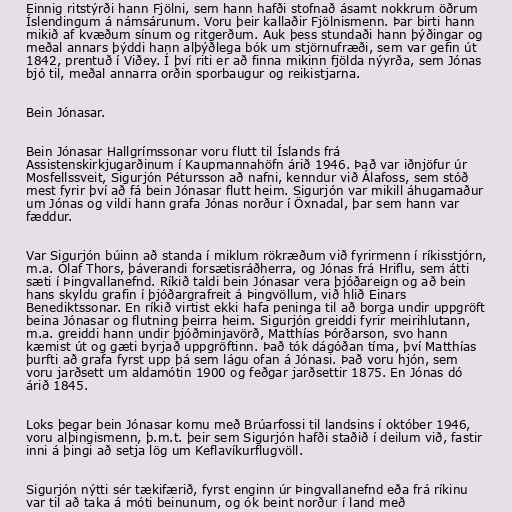
Einnig ritstýrði hann Fjölni, sem hann hafði stofnað ásamt nokkrum öðrum
Íslendingum á námsárunum. Voru þeir kallaðir Fjölnismenn. Þar birti hann
mikið af kvæðum sínum og ritgerðum. Auk þess stundaði hann þýðingar og
meðal annars þýddi hann alþýðlega bók um stjörnufræði, sem var gefin út
1842, prentuð í Viðey. Í því riti er að finna mikinn fjölda nýyrða, sem Jónas
bjó til, meðal annarra orðin sporbaugur og reikistjarna.

Bein Jónasar.

Bein Jónasar Hallgrímssonar voru flutt til Íslands frá
Assistenskirkjugarðinum í Kaupmannahöfn árið 1946. Það var iðnjöfur úr
Mosfellssveit, Sigurjón Pétursson að nafni, kenndur við Álafoss, sem stóð
mest fyrir því að fá bein Jónasar flutt heim. Sigurjón var mikill áhugamaður
um Jónas og vildi hann grafa Jónas norður í Öxnadal, þar sem hann var
fæddur.

Var Sigurjón búinn að standa í miklum rökræðum við fyrirmenn í ríkisstjórn,
m.a. Ólaf Thors, þáverandi forsætisráðherra, og Jónas frá Hriflu, sem átti
sæti í Þingvallanefnd. Ríkið taldi bein Jónasar vera þjóðareign og að bein
hans skyldu grafin í þjóðargrafreit á Þingvöllum, við hlið Einars
Benediktssonar. En ríkið virtist ekki hafa peninga til að borga undir uppgröft
beina Jónasar og flutning þeirra heim. Sigurjón greiddi fyrir meirihlutann,
m.a. greiddi hann undir þjóðminjavörð, Matthías Þórðarson, svo hann
kæmist út og gæti byrjað uppgröftinn. Það tók dágóðan tíma, því Matthías
þurfti að grafa fyrst upp þá sem lágu ofan á Jónasi. Það voru hjón, sem
voru jarðsett um aldamótin 1900 og feðgar jarðsettir 1875. En Jónas dó
árið 1845.

Loks þegar bein Jónasar komu með Brúarfossi til landsins í október 1946,
voru alþingismenn, þ.m.t. þeir sem Sigurjón hafði staðið í deilum við, fastir
inni á þingi að setja lög um Keflavíkurflugvöll.

Sigurjón nýtti sér tækifærið, fyrst enginn úr Þingvallanefnd eða frá ríkinu
var til að taka á móti beinunum, og ók beint norður í land með